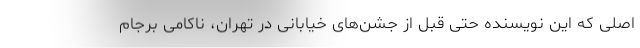
اصلی که این نویسنده حتی قبل از جشن‌های خیابانی در تهران، ناکامی برجام